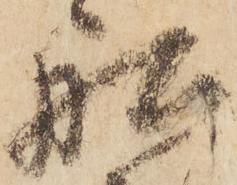
船